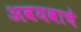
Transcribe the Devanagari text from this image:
अवयवाचे